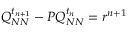
Q _ { N N } ^ { t _ { n + 1 } } - P Q _ { N N } ^ { t _ { n } } = r ^ { n + 1 }